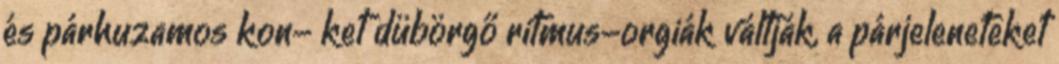
és párhuzamos kon- ket dübörgő ritmus-orgiák váltják, a párjeleneteket